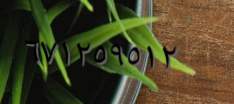
٦٧١٢٥٩٥١٢